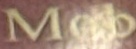
Mob